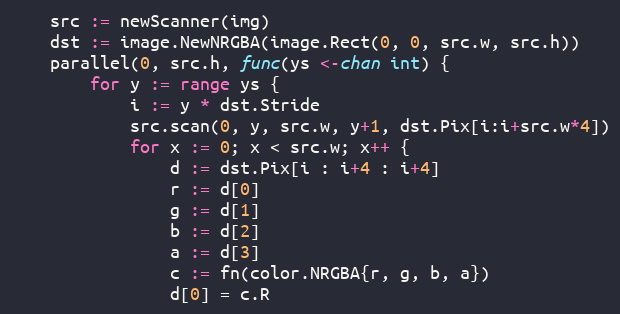
Language: Go
	src := newScanner(img)
	dst := image.NewNRGBA(image.Rect(0, 0, src.w, src.h))
	parallel(0, src.h, func(ys <-chan int) {
		for y := range ys {
			i := y * dst.Stride
			src.scan(0, y, src.w, y+1, dst.Pix[i:i+src.w*4])
			for x := 0; x < src.w; x++ {
				d := dst.Pix[i : i+4 : i+4]
				r := d[0]
				g := d[1]
				b := d[2]
				a := d[3]
				c := fn(color.NRGBA{r, g, b, a})
				d[0] = c.R